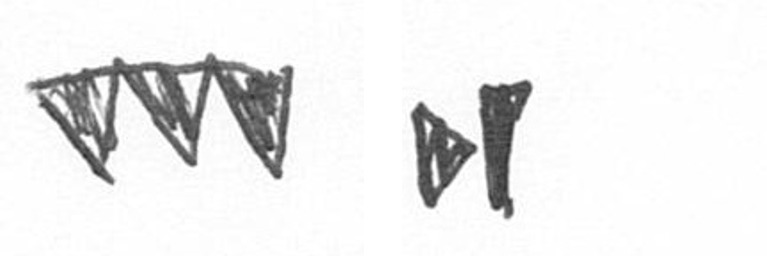
L M